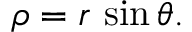
\rho = r \, \sin \theta .